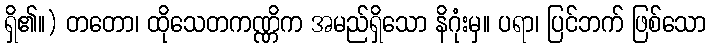
ရှိ၏။) တတော၊ ထိုသေတကဏ္ဏိက အမည်ရှိသော နိဂုံးမှ။ ပရာ၊ ပြင်ဘက် ဖြစ်သော